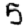
Digit: 5